Lyperosia minuta, Bezzi - Number 59
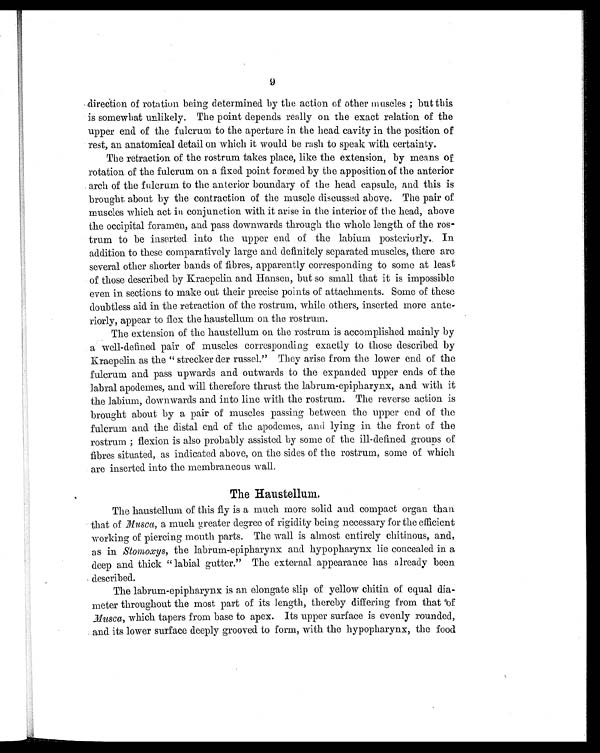
9
direction of rotation being determined by the action of other muscles ; but this
is somewhat unlikely. The point depends really on the exact relation of the
upper end of the fulcrum to the aperture in the head cavity in the position of
rest, an anatomical detail on which it would be rash to speak with certainty.
The retraction of the rostrum takes place, like the extension, by means of
rotation of the fulcrum on a fixed point formed by the apposition of the anterior
arch of the fulcrum to the anterior boundary of the head capsule, and this is
brought about by the contraction of the muscle discussed above. The pair of
muscles which act in conjunction with it arise in the interior of the head, above
the occipital foramen, and pass downwards through the whole length of the ros-
trum to be inserted into the upper end of the labium posteriorly. In
addition to these comparatively large and definitely separated muscles, there are
several other shorter bands of fibres, apparently corresponding to some at least
of those described by Kraepelin and Hansen, but so small that it is impossible
even in sections to make out their precise points of attachments. Some of these
doubtless aid in the retraction of the rostrum, while others, inserted more ante-
riorly, appear to flex the haustellum on the rostrum.
The extension of the haustellum on the rostrum is accomplished mainly by
a well-defined pair of muscles corresponding exactly to those described by
Kraepelin as the " strecker der russel" They arise from the lower end of the
fulcrum and pass upwards and outwards to the expanded upper ends of the
labral apodemes, and will therefore thrust the labrum-epipharynx, and with it
the labium, downwards and into line with the rostrum. The reverse action is
brought about by a pair of muscles passing between the upper end of the
fulcrum and the distal end of the apodemes, and lying in the front of the
rostrum ; flexion is also probably assisted by some of the ill-defined groups of
fibres situated, as indicated above, on the sides of the rostrum, some of which
are inserted into the membraneous wall.
The Haustellum.
The haustellum of this fly is a much more solid and compact organ than
that of Musca, a much greater degree of rigidity being necessary for the efficient
working of piercing mouth parts. The wall is almost entirely chitinous, and,
as in Stomoxys, the labrum-epipharynx and hypopharynx lie concealed in a
deep and thick " labial gutter." The external appearance has already been
described.
The labrum-epipharynx is an elongate slip of yellow chitin of equal dia-
meter throughout the most part of its length, thereby differing from that of
Musca, which tapers from base to apex. Its upper surface is evenly rounded,
and its lower surface deeply grooved to form, with the hypopharynx, the food